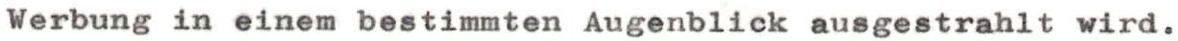
Werbung in einem bestimmten Augenblick ausgestrahlt wird.